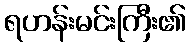
ရဟန်းမင်းကြီး၏